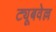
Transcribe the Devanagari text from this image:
ट्यूबवेल्ल